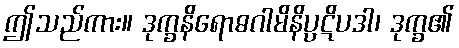
ဤသည်ကား။ ဒုက္ခနိရောဓဂါမိနိပ္ပဋိပဒါ၊ ဒုက္ခ၏